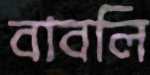
বাবলি